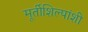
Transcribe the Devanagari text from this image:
मूर्तीशिल्पांशी